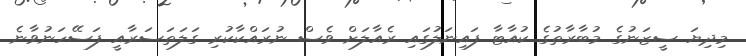
މިދިޔަ ސީޒަނުގެ މުބާރާތުގެ ކުއާޓާ ފައިނަލުގައި ރެއާލަށް ވެސް ނުރައްކާކުރި ގަލަތަސަރާއީ ފަސޭހަނުވާނެ